Annual administration report of the Bombay Presidency - 1887-1892
Year: 1887
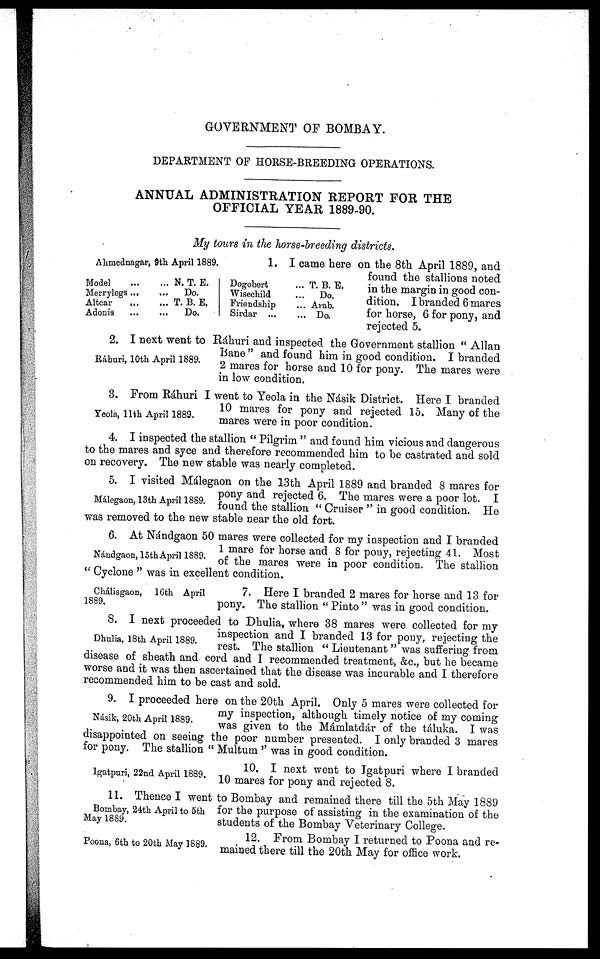
GOVERNMENT OF BOMBAY.
DEPARTMENT OF HORSE-BREEDING OPERATIONS.
ANNUAL ADMINISTRATION REPORT FOR THE
OFFICIAL YEAR 1889-90.
My tours in the horse-breeding districts.
Ahmednagar, 9th April 1889.
1. I came here on the 8th April 1889, and
found the stallions noted
in the margin in good con-
dition. I branded 6 mares
for horse, 6 for pony, and
rejected 5.
Model ... ...
Merrylegs ... ...
Altcar
... ...
Adonis ... ...
N. T. E.
Do.
T. B. E.
Do.
Dogobert ...
Wisechild ...
Friendship ...
Sirdar ...
T. B. E.
Do.
Arab.
Do.
Ráhuri, 10th April 1889.
2. I next went to Ráhuri and inspected the Government stallion "Allan
Bane" and found him in good condition. I branded
2 mares for horse and 10 for pony. The mares were
in low condition.
Yeola, 11th April 1889.
3. From Ráhuri I went to Yeola in the Násik District. Here I branded
10 mares for pony and rejected 15. Many of the
mares were in poor condition.
4. I inspected the stallion "Pilgrim" and found him vicious and dangerous
to the mares and syce and therefore recommended him to be castrated and sold
on recovery. The new stable was nearly completed.
Málegaon, 13th April 1889.
5. I visited Málegaon on the 13th April 1889 and branded 8 mares for
pony and rejected 6. The mares were a poor lot. I
found the stallion "Cruiser" in good condition. He
was removed to the new stable near the old fort.
Náudgaon, 15th April 1889.
6. At Nándgaon 50 mares were collected for my inspection and I branded
1 mare for horse and 8 for pony, rejecting 41. Most
of the mares were in poor condition. The stallion
"Cyclone" was in excellent condition.
Chálisgaon, 16th April
1889.
7. Here I branded 2 mares for horse and 13 for
pony. The stallion "Pinto" was in good condition.
Dhulia, 18th April 1889.
8. I next proceeded to Dhulia, where 38 mares were collected for my
inspection and I branded 13 for pony, rejecting the
rest. The stallion "Lieutenant" was suffering from
disease of sheath and cord and I recommended treatment, &c., but he became
worse and it was then ascertained that the disease was incurable and I therefore
recommended him to be cast and sold.
Násik, 20th April 1889.
9. I proceeded here on the 20th April. Only 5 mares were collected for
my inspection, although timely notice of my coming
was given to the Mámlatdár of the táluka. I was
disappointed on seeing the poor number presented. I only branded 3 mares
for pony. The stallion "Multum'' was in good condition.
Igatpuri, 22nd April 1889.
10. I next went to Jgatpuri where I branded
10 mares for pony and rejected 8.
Bombay, 24th April to 5th
May 1889.
11. Thence I went to Bombay and remained there till the 5th May 1889
for the purpose of assisting in the examination of the
students of the Bombay Veterinary College.
Poona, 6th to 20th May 1889.
12. From Bombay I returned to Poona and re-
mained there till the 20th May for office work.